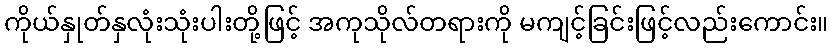
ကိုယ်နှုတ်နှလုံးသုံးပါးတို့ဖြင့် အကုသိုလ်တရားကို မကျင့်ခြင်းဖြင့်လည်းကောင်း။